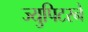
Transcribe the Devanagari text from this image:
ज्युपिटरने